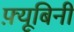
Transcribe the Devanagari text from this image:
फ़्यूबिनी